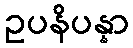
ဥပနိပန္နာ